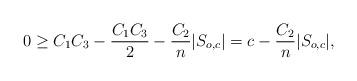
LaTeX: \begin{align*} 0 \geq C_1C_3 -\frac{C_1C_3}{2} - \frac{C_2}{n}|S_{o,c}| = c - \frac{C_2}{n}|S_{o,c}|,\end{align*}